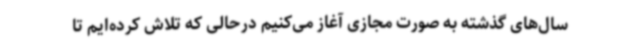
سال‌های گذشته به صورت مجازی آغاز می‌کنیم درحالی که تلاش کرده‌ایم تا